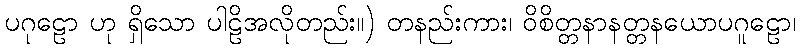
ပဂုဠော ဟု ရှိသော ပါဠိအလိုတည်း။) တနည်းကား၊ ဝိစိတ္တနာနတ္တနယောပဂူဠော၊